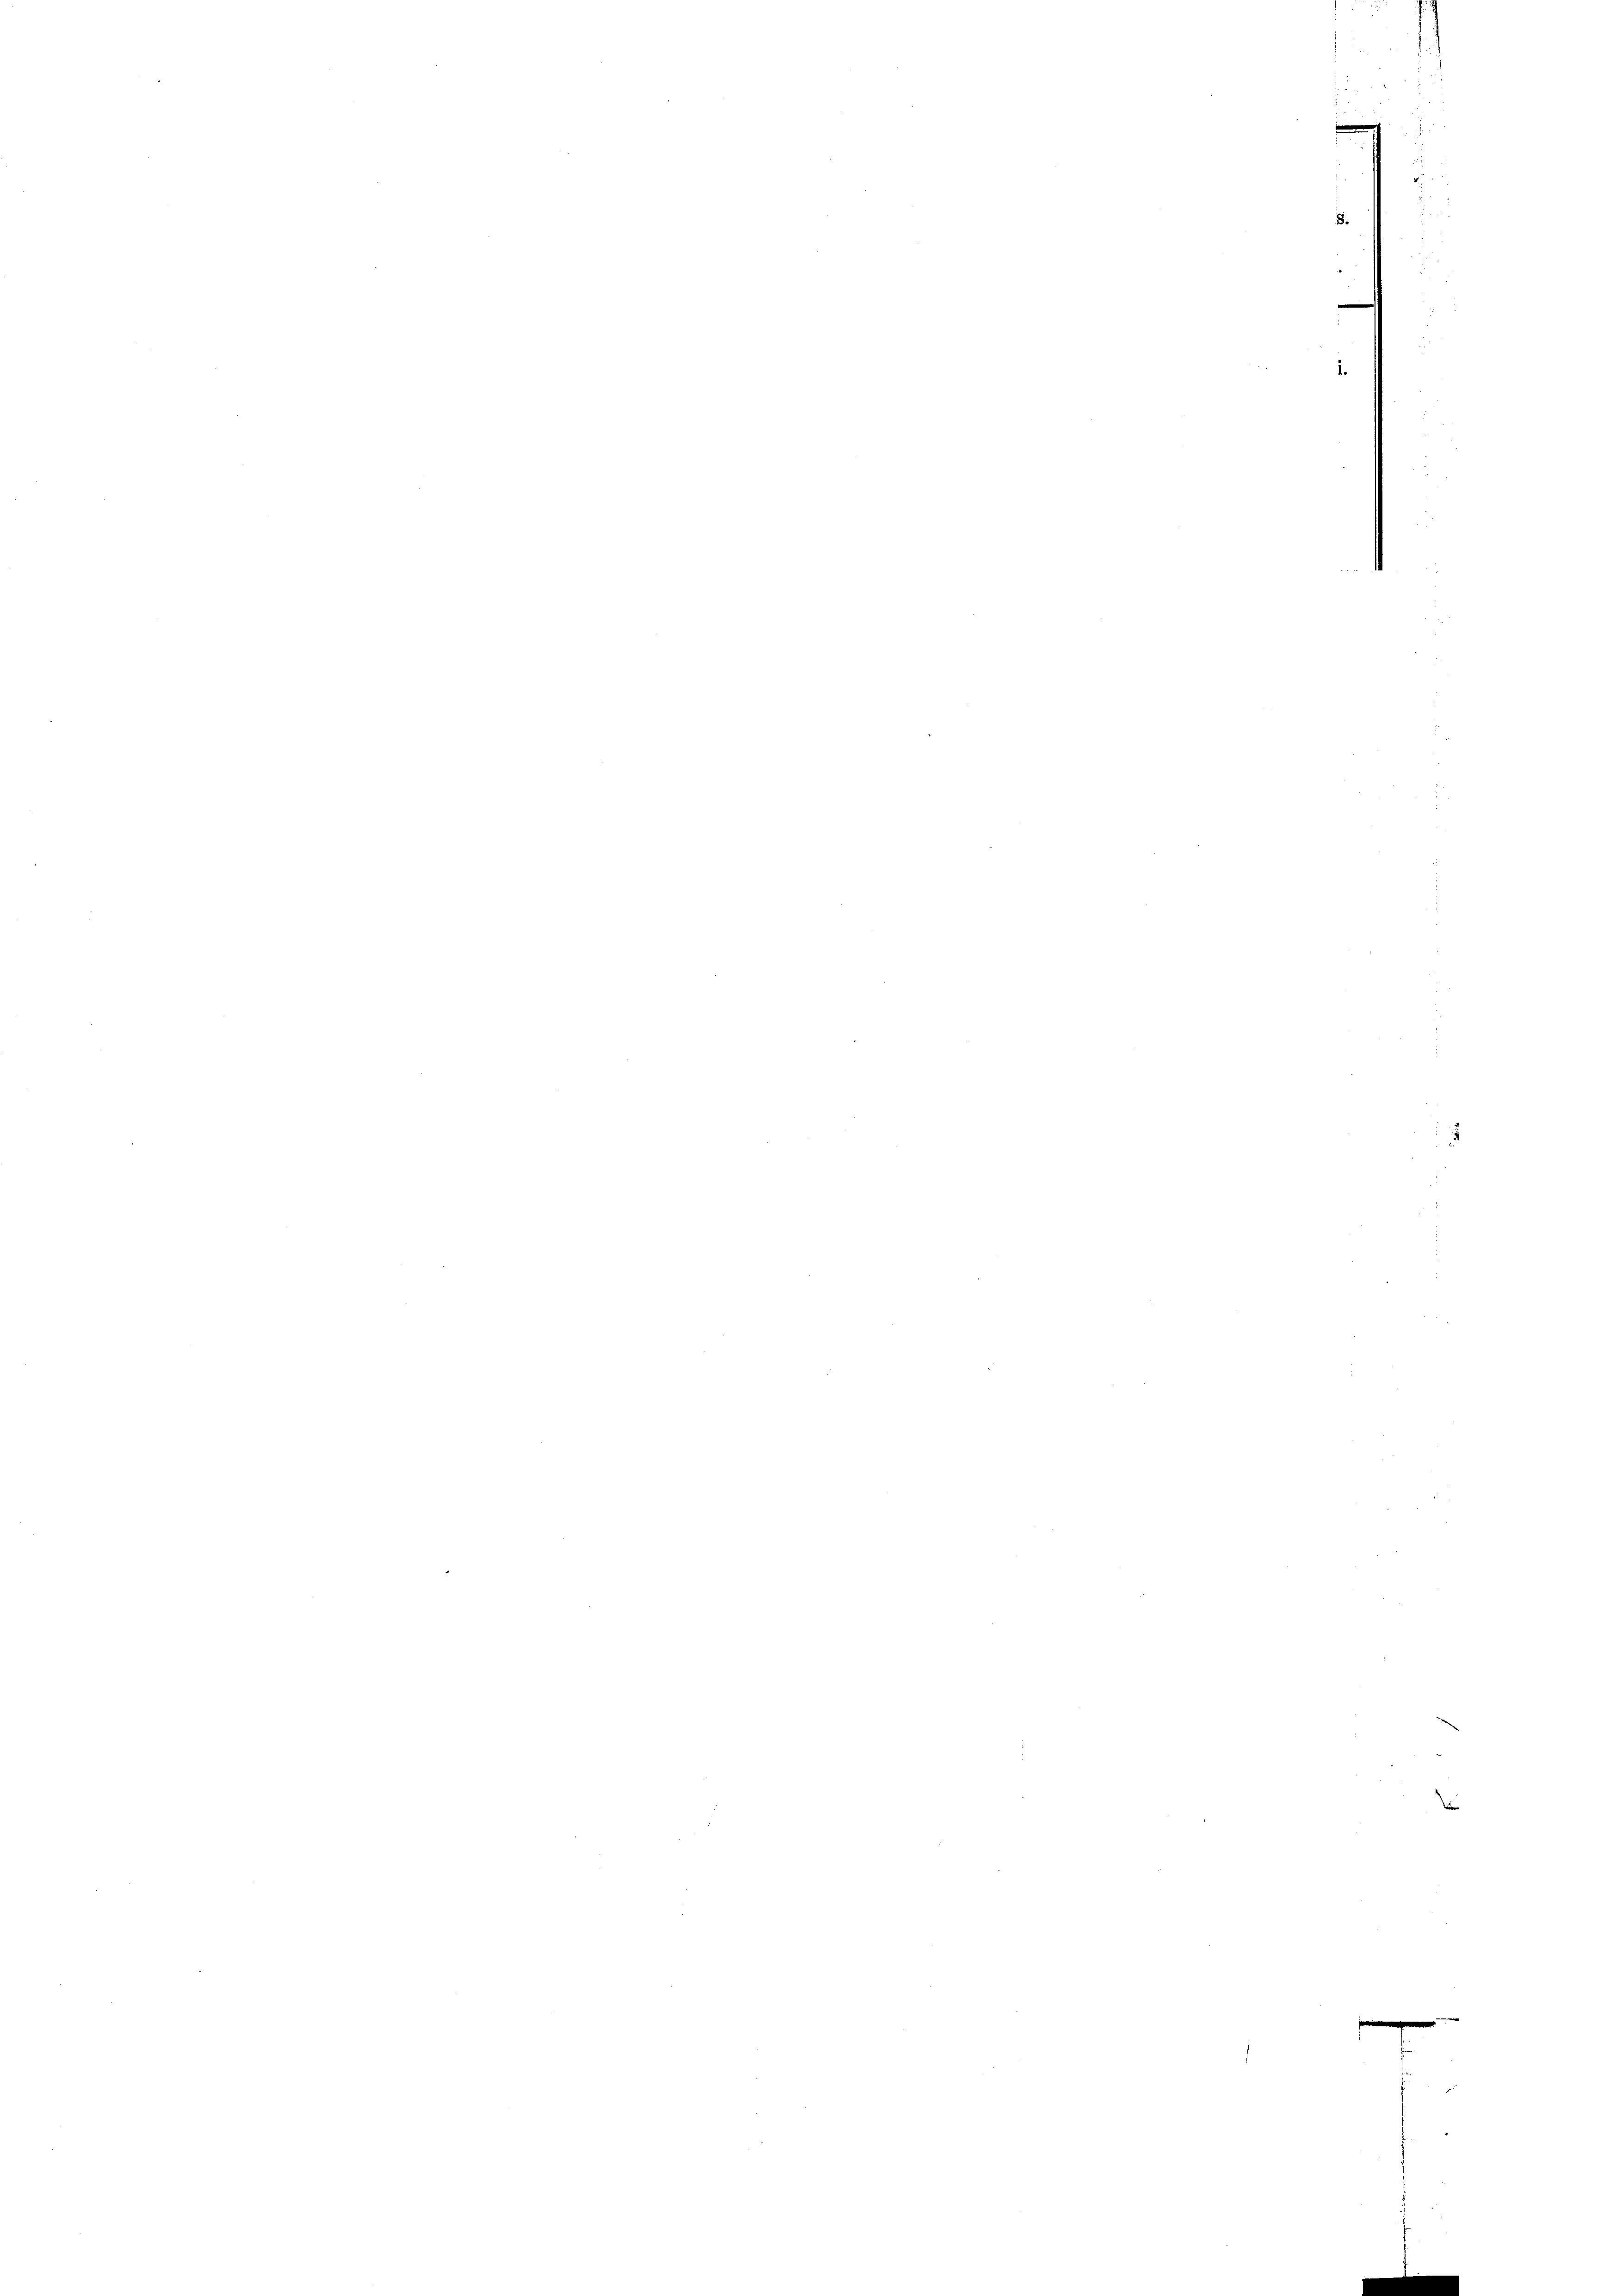
1